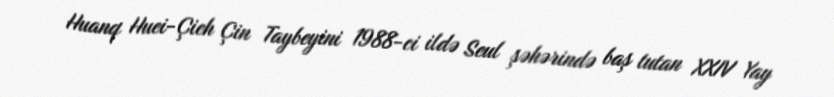
Huanq Huei-Çieh Çin Taybeyini 1988-ci ildə Seul şəhərində baş tutan XXIV Yay